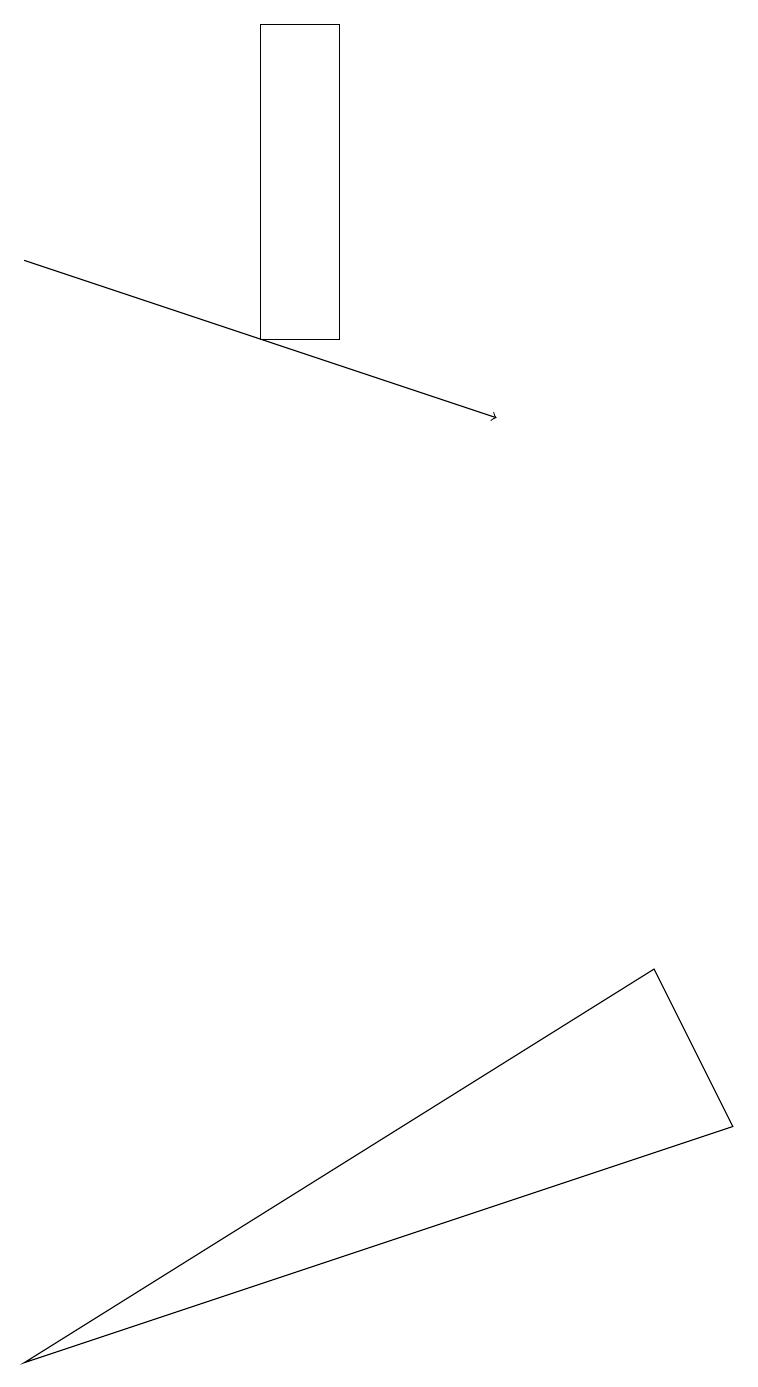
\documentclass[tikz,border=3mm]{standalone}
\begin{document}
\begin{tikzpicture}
\draw (3,18) rectangle (4,14);
\draw (0,1) -- (8,6) -- (9,4) -- cycle;
\draw[->] (0,15) -- (6,13);
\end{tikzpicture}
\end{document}